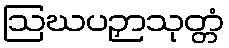
ဩဃပဉှာသုတ္တံ